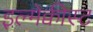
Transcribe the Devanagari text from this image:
इल्मेक्वीस्ट